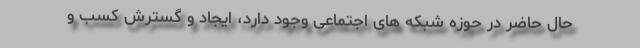
حال حاضر در حوزه شبکه های اجتماعی وجود دارد، ایجاد و گسترش کسب و